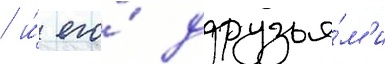
/ и́ его́ друзья́м'и